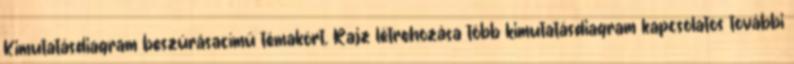
Kimutatásdiagram beszúrásacímű témakört. Rajz létrehozása több kimutatásdiagram kapcsolatos további